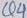
Text: Q4